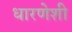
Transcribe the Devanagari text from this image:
धारणेशी